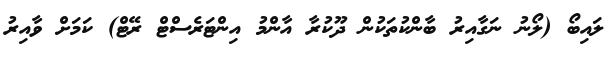
ލައިބޯ (ލޯނު ނަގާއިރު ބާންކުތަކުން ދޫކުރާ އާންމު އިންޓަރެސްޓް ރޭޓް) ކަމަށް ވާއިރު